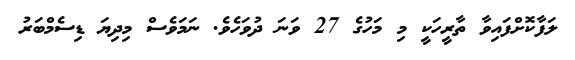
ލަފާކޮށްފައިވާ ތާރީހަކީ މި މަހުގެ 27 ވަނަ ދުވަހެވެ. ނަމަވެސް މިދިޔަ ޑިސެމްބަރު